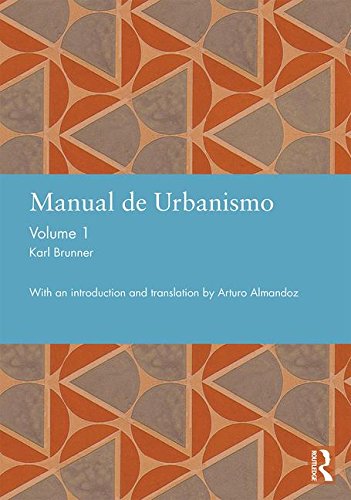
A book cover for Manual de Urbanismo (Bogota, 1939): Volume 1 (Studies in International Planning History); Karl Brunner; Politics & Social Sciences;